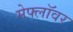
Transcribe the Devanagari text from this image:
मेफ्लॉवर